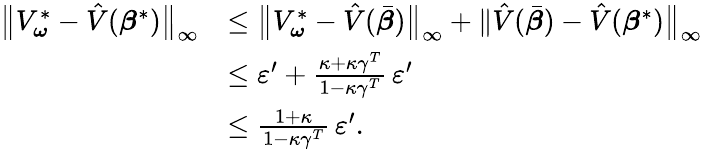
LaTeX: \begin{array}{rl}{\bigl\| V_{\boldsymbol{\omega}}^{*}-\hat{V}(\boldsymbol{\beta}^{*})\bigr\| _{\infty}}&{\leq\bigl\| V_{\boldsymbol{\omega}}^{*}-\hat{V}(\bar{\boldsymbol{\beta}})\bigr\| _{\infty}+\| \hat{V}(\bar{\boldsymbol{\beta}})-\hat{V}(\boldsymbol{\beta}^{*})\bigr\| _{\infty}}\\ &{\leq\varepsilon^{\prime}+\frac{\kappa+\kappa\gamma^{T}}{1-\kappa\gamma^{T}}\, \varepsilon^{\prime}}\\ &{\leq\frac{1+\kappa}{1-\kappa\gamma^{T}}\, \varepsilon^{\prime}.}\end{array}